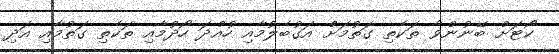
ކޯޓަށް ބޭނުންވާ ތަކެތި ގަތުމަށް އަގުބެލުމާއި ހުއްދަ ހޯދުމާއި ތަކެތި ގަތުމާއި އަދި